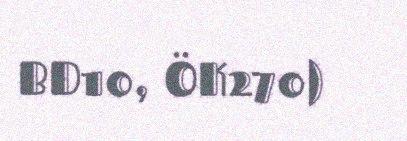
BD10, ÖK270)